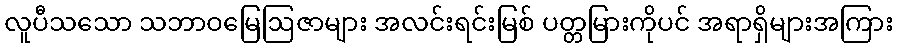
လူပီသသော သဘာဝမြေဩဇာများ အလင်းရင်းမြစ် ပတ္တမြားကိုပင် အရာရှိများအကြား